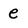
Character: e